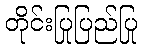
တိုင်းပြုပြည်ပြု